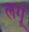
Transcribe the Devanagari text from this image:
लगूँ